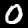
Label: 0